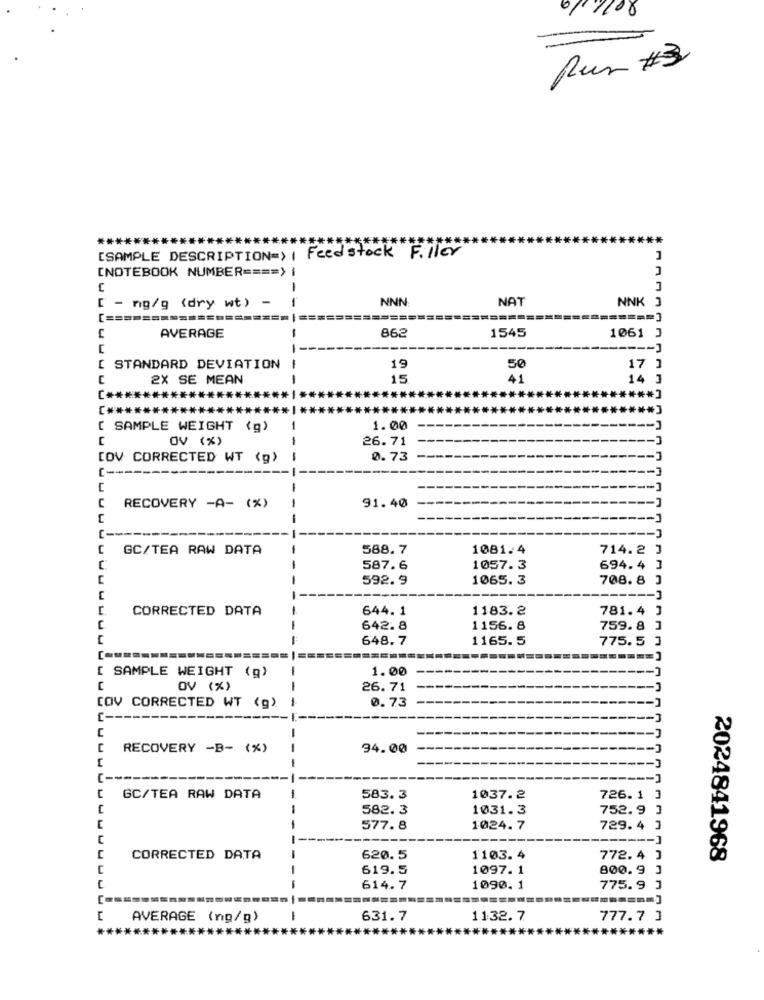
01 1/08
Run #3
***
Feedstock Filler
[SAMPLE DESCRIPTION=> I
1
[NOTEBOOK NUMBER ==== ) |
-
NNN
NAT
NNK J
- ng/g (dry wt) -
[ ==
=====
======
=====
==== ]
-
862
1545
AVERAGE
1061 J
-
--- ]
[ STANDARD DEVIATION
-
19
50
17 ]
2X SE MEAN
-
15
41
14 ]
C ********
[ SAMPLE WEIGHT (g)
1.00
Ov (%)
26.71
[OV CORRECTED WT (g)
0.73
RECOVERY -A- (%)
91.40
GC/TEA RAW DATA
588.7
1081.4
714.2 ]
C
587.6
1057.3
694.4 ]
592.9
1065.3
708.8 3
C
CORRECTED DATA
644. 1
1183.2
781.4 ]
642.8
1156. 8
759.8 ]
648.7
1165.5
775.5 ]
1.00
[ SAMPLE WEIGHT (g)
OV (%)
26.71
0.73
COV CORRECTED WT (g)
RECOVERY -B- (%)
-
94.00
GC/TEA RAW DATA
583.3
1037.2
726.1 3
582.3
1031.3
752.9
577.8
1024.7
729. 4 ]
C
---- ]
CORRECTED DATA
620.5
1103.4
772.4 ]
2024841968
619.5
1097.1
800.9 1
614.7
1090.1
775.9 ]
AVERAGE (ng/g)
1
631.7
1132.7
777.7 3
***
**